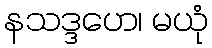
နသဒ္ဒဟေ၊ မယုံ